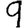
Digit: 9